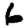
Digit: 6